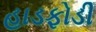
હાડફોડી